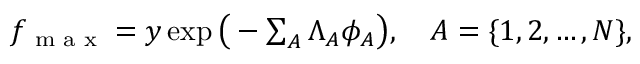
\begin{array} { r } { f _ { \textrm { m a x } } = y \exp \big ( - \sum \displaylimits _ { A } \Lambda _ { A } \phi _ { A } \big ) , \quad A = \{ 1 , 2 , \dots , N \} , } \end{array}